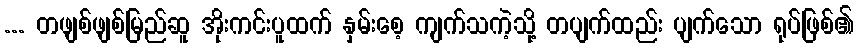
... တဖျစ်ဖျစ်မြည်ဆူ အိုးကင်းပူထက် နှမ်းစေ့ ကျက်သကဲ့သို့ တပျက်ထည်း ပျက်သော ရုပ်ဖြစ်၏